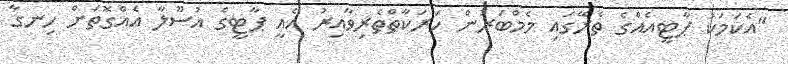
"އެކަމަކު ޕާޓީއެއްގެ ތެރޭގައި މެމްބަރުން ހަރަކާތްތެރިވާއިރު އެއީ ޕާޓީގެ އުސޫލާ އެއްގޮތަށް ހިނގާ